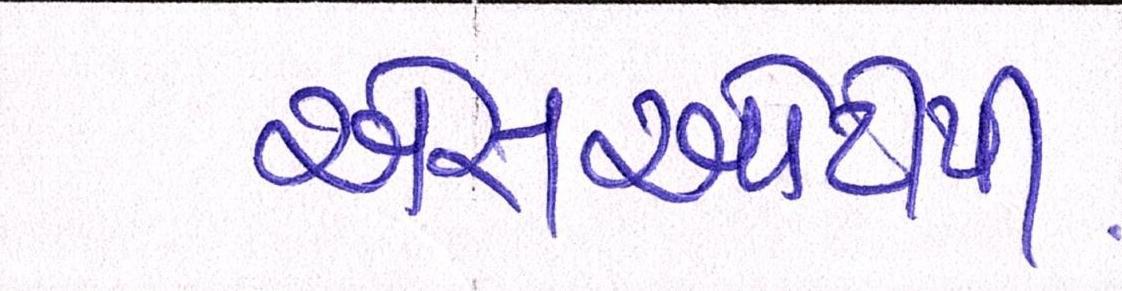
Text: એસઓટીપી